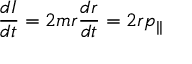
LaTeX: { \frac { d I } { d t } } = 2 m r { \frac { d r } { d t } } = 2 r p _ { | | }